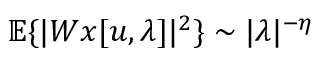
{ \mathbb E } \{ | W x [ u , \lambda ] | ^ { 2 } \} \sim | \lambda | ^ { - \eta }